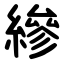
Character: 縿